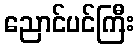
ညောင်ပင်ကြီး